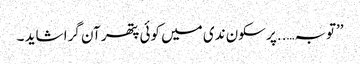
’’توبہ…..پر سکون ندی میں کوئی پتھر آن گرا شاید ۔